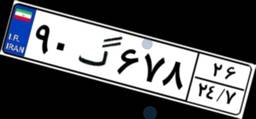
۹۰گ۶۷۸۲۶